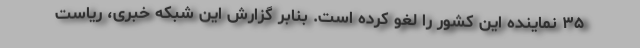
۳۵ نماینده این کشور را لغو کرده است. بنابر گزارش این شبکه خبری، ریاست